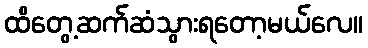
ထိတွေ့ဆက်ဆံသွားရတော့မယ်လေ။